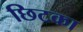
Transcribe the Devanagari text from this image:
छिटका